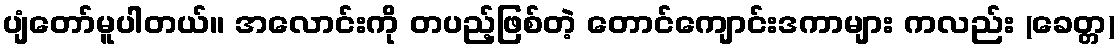
ပျံတော်မူပါတယ်။ အလောင်းကို တပည့်ဖြစ်တဲ့ တောင်ကျောင်းဒကာများ ကလည်း (ခေတ္တ)